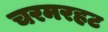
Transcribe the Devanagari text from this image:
चरमरहट